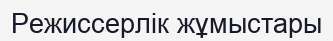
Режиссерлік жұмыстары